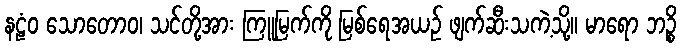
နဠံဝ သောတောဝ၊ သင်တို့အား ကြူမြက်ကို မြစ်ရေအယဉ် ဖျက်ဆီးသကဲ့သို့။ မာရော ဘဉ္စိ